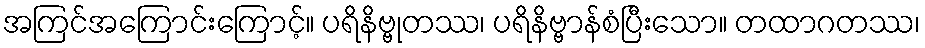
အကြင်အကြောင်းကြောင့်။ ပရိနိဗ္ဗုတဿ၊ ပရိနိဗ္ဗာန်စံပြီးသော။ တထာဂတဿ၊